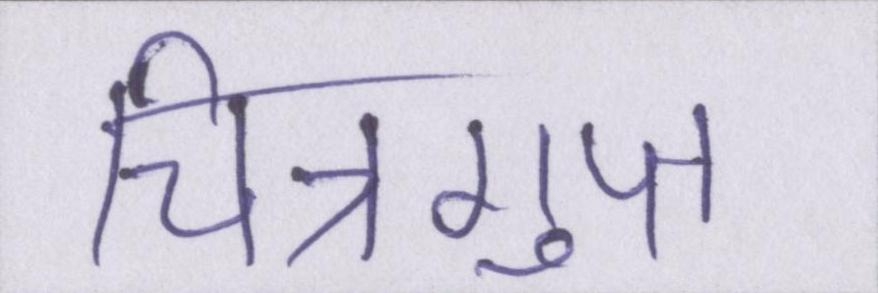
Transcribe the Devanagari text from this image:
चित्रगुप्त